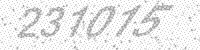
Solution: 231015